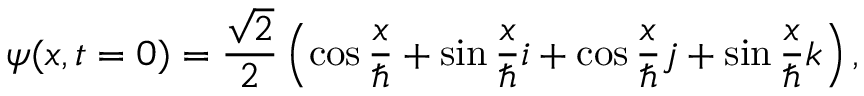
\boldsymbol { \psi } ( x , t = 0 ) = \frac { \sqrt { 2 } } { 2 } \left( \cos \frac { x } { \hbar } + \sin \frac { x } { \hbar } \boldsymbol { i } + \cos \frac { x } { \hbar } \boldsymbol { j } + \sin \frac { x } { \hbar } \boldsymbol { k } \right) ,